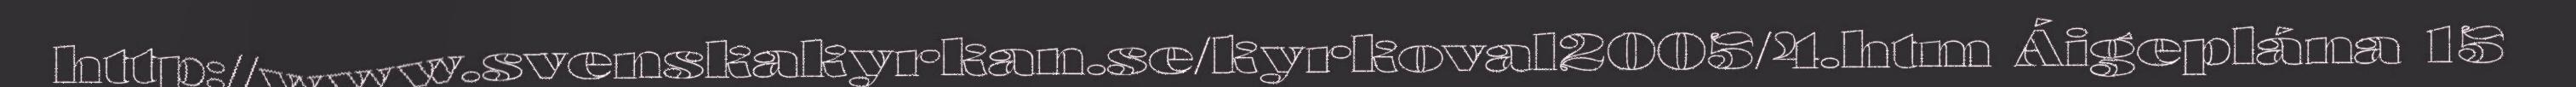
http://www.svenskakyrkan.se/kyrkoval2005/4.htm Áigeplána 15